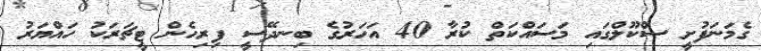
ގެމަނަފުށީ ސްކޫލްގައި މަސައްކަތް ކުރާ 40 އަހަރުގެ ބިނދޭސީ ފިރިހެން ޓީޗަރަކު ހައްޔަރު